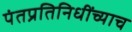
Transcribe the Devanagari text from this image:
पंतप्रतिनिधींच्याच